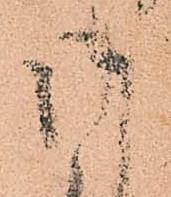
御